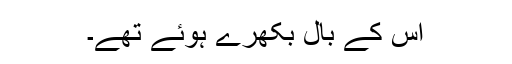
اُس کے بال بکھرے ہوئے تھے۔